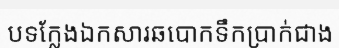
បទក្លែងឯកសារឆបោកទឹកប្រាក់ជាង